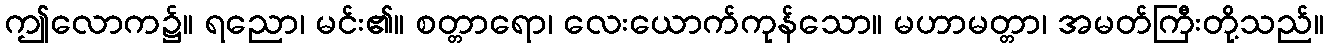
ဤလောက၌။ ရညော၊ မင်း၏။ စတ္တာရော၊ လေးယောက်ကုန်သော။ မဟာမတ္တာ၊ အမတ်ကြီးတို့သည်။